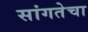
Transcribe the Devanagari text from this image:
सांगतेचा